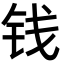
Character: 钱